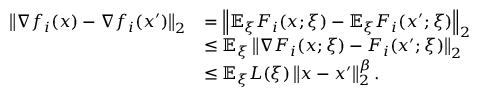
\begin{array} { r l } { \left\Vert \nabla f _ { i } ( x ) - \nabla f _ { i } ( x ^ { \prime } ) \right\Vert _ { 2 } } & { = \left\Vert \mathbb { E } _ { \xi } F _ { i } ( x ; \xi ) - \mathbb { E } _ { \xi } F _ { i } ( x ^ { \prime } ; \xi ) \right\Vert _ { 2 } } \\ & { \leq \mathbb { E } _ { \xi } \left\Vert \nabla F _ { i } ( x ; \xi ) - F _ { i } ( x ^ { \prime } ; \xi ) \right\Vert _ { 2 } } \\ & { \leq \mathbb { E } _ { \xi } L ( \xi ) \left\Vert x - x ^ { \prime } \right\Vert _ { 2 } ^ { \beta } . } \end{array}